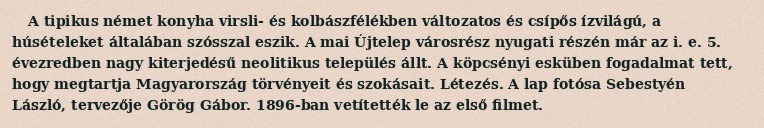
A tipikus német konyha virsli- és kolbászfélékben változatos és csípős ízvilágú, a húsételeket általában szósszal eszik. A mai Újtelep városrész nyugati részén már az i. e. 5. évezredben nagy kiterjedésű neolitikus település állt. A köpcsényi esküben fogadalmat tett, hogy megtartja Magyarország törvényeit és szokásait. Létezés. A lap fotósa Sebestyén László, tervezője Görög Gábor. 1896-ban vetítették le az első filmet.